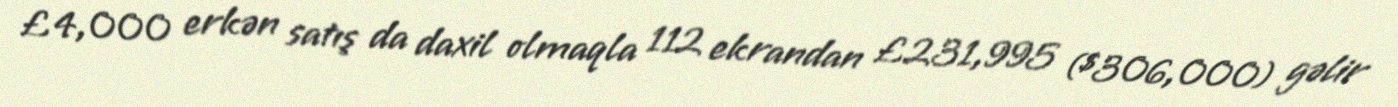
£4,000 erkən satış da daxil olmaqla 112 ekrandan £231,995 ($306,000) gəlir